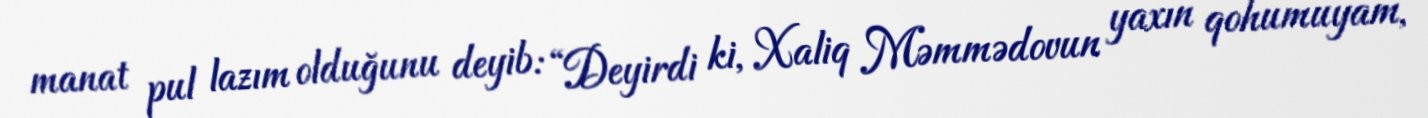
manat pul lazım olduğunu deyib: “Deyirdi ki, Xaliq Məmmədovun yaxın qohumuyam,